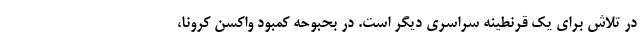
در تلاش برای یک قرنطینه سراسری دیگر است. در بحبوحه کمبود واکسن کرونا،‌